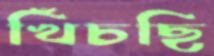
খিঁচছি